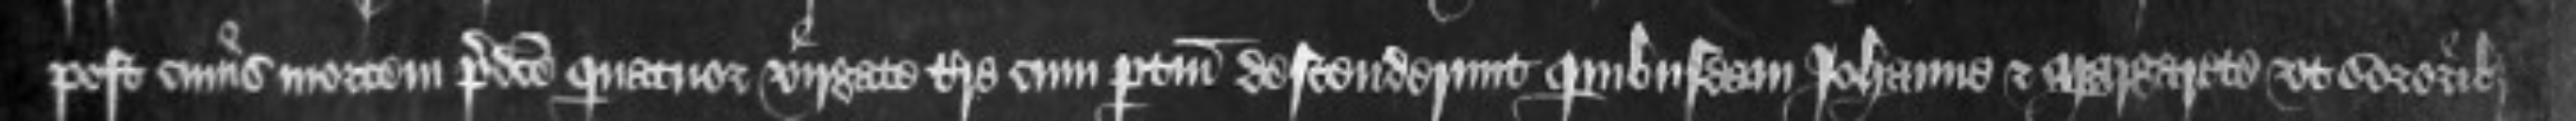
post cuius mortem predicte quatuor virgate terre cum pertinenciis descenderunt quibusdam Johanne et Margarete ut sororibus